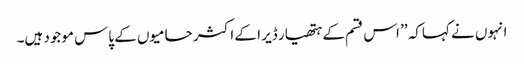
انہوں نے کہاکہ ’’ اس قسم کے ہتھیار ڈیر ا کے اکثر حامیوں کے پاس موجود ہیں۔